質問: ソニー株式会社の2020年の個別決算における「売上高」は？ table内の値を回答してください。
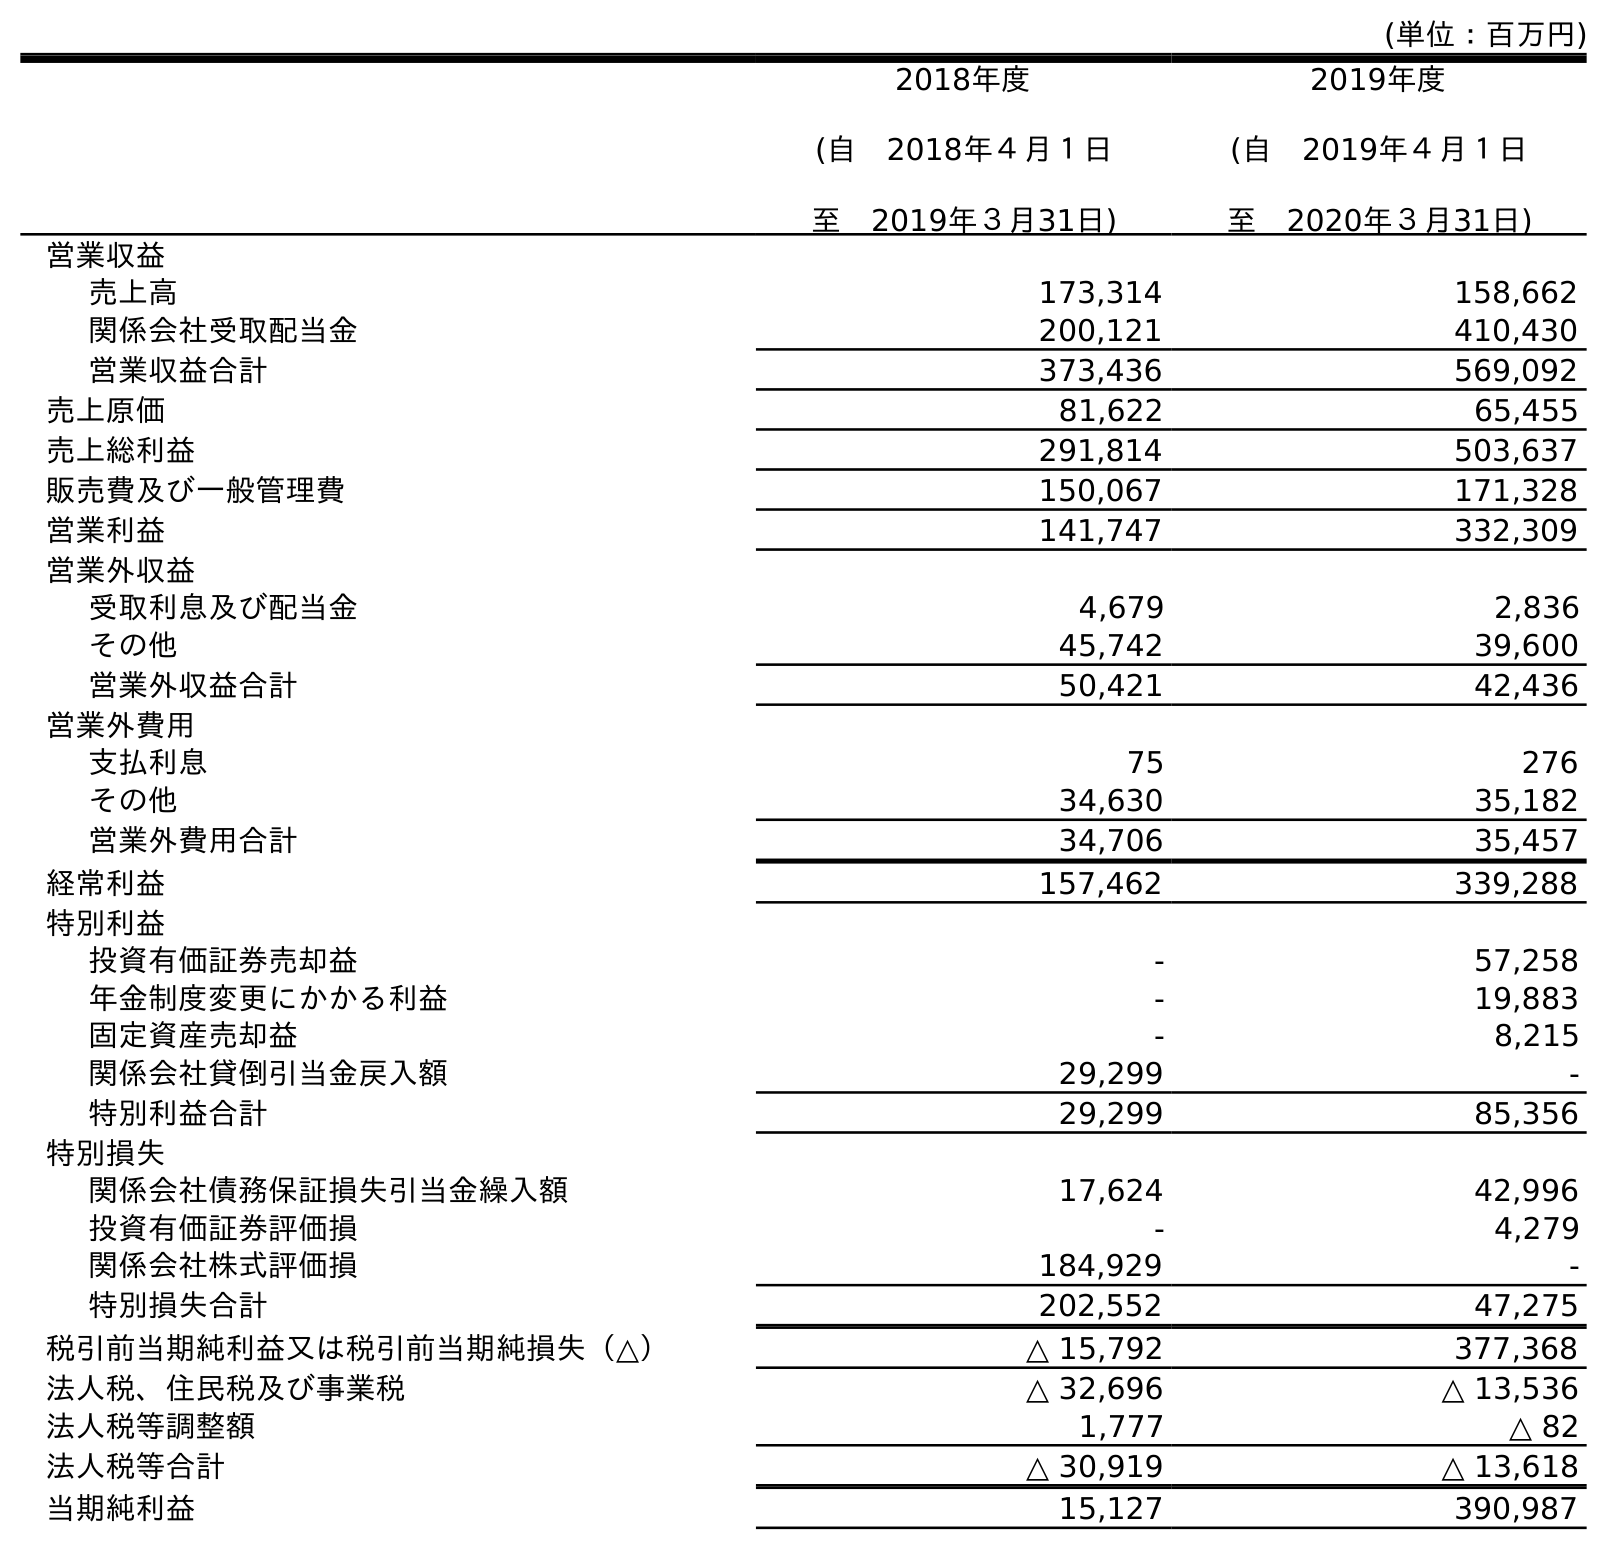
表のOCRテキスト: (単位：百万円) 2018年度 (自 2018年４月１日 至 2019年３月31日) 2019年度 (自 2019年４月１日 至 2020年３月31日) 営業収益 売上高 173,314 158,662 関係会社受取配当金 200,121 410,430 営業収益合計 373,436 569,092 売上原価 81,622 65,455 売上総利益 291,814 503,637 販売費及び一般管理費 150,067 171,328 営業利益 141,747 332,309 営業外収益 受取利息及び配当金 4,679 2,836 その他 45,742 39,600 営業外収益合計 50,421 42,436 営業外費用 支払利息 75 276 その他 34,630 35,182 営業外費用合計 34,706 35,457 経常利益 157,462 339,288 特別利益 投資有価証券売却益 - 57,258 年金制度変更にかかる利益 - 19,883 固定資産売却益 - 8,215 関係会社貸倒引当金戻入額 29,299 - 特別利益合計 29,299 85,356 特別損失 関係会社債務保証損失引当金繰入額 17,624 42,996 投資有価証券評価損 - 4,279 関係会社株式評価損 184,929 - 特別損失合計 202,552 47,275 税引前当期純利益又は税引前当期純損失（△） △ 15,792 377,368 法人税、住民税及び事業税 △ 32,696 △ 13,536 法人税等調整額 1,777 △ 82 法人税等合計 △ 30,919 △ 13,618 当期純利益 15,127 390,987
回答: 158,662